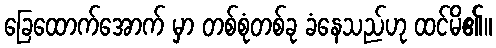
ခြေထောက်အောက် မှာ တစ်စုံတစ်ခု ခံနေသည်ဟု ထင်မိ၏။